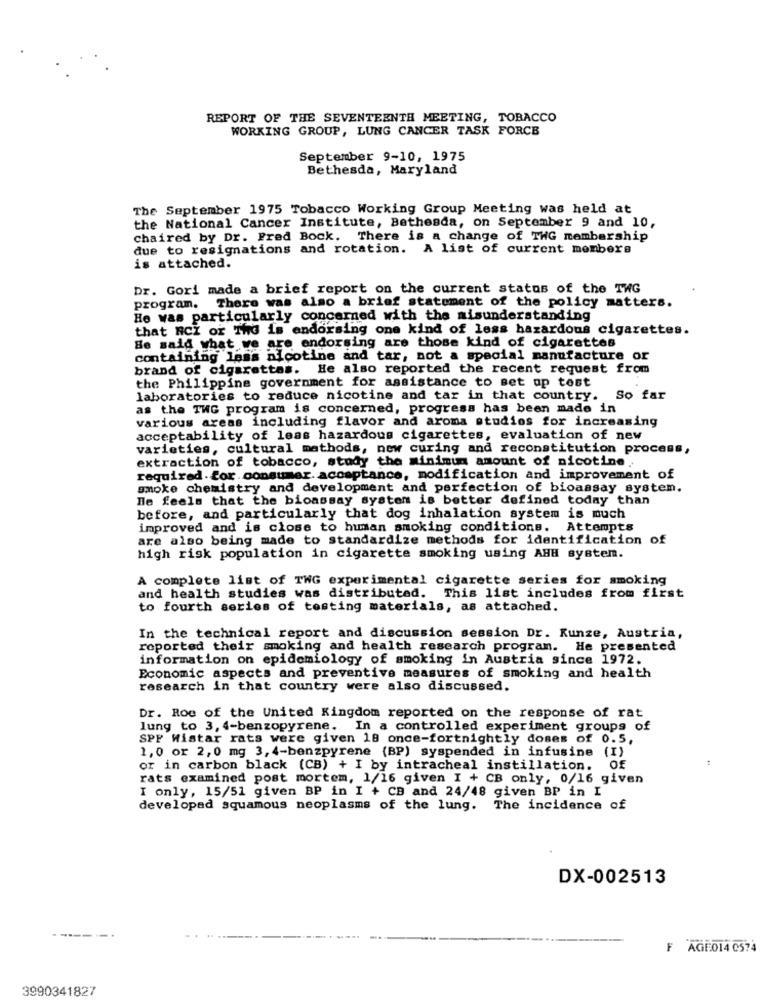
REPORT OF THE SEVENTEENTH MEETING, TOBACCO
WORKING GROUP, LUNG CANCER TASK FORCE
September 9-10, 1975
Bethesda, Maryland
The September 1975 Tobacco Working Group Meeting was held at
the National Cancer Institute, Bethesda, on September 9 and 10,
chaired by Dr. Fred Bock. There is a change of THG membership
due to resignations and rotation. A list of current members
is attached.
Dr. Gori made a brief report on the current status of the TWG
program. There was also a brief statement of the policy matters.
He was particularly concerned with the misunderstanding
that RCI or ThG is endorsing one kind of less hazardous cigarettes.
Be said what we are endorsing are those kind of cigarettes
containing less nicotine and tar, not a special manufacture or
brand of cigarettes. He also reported the recent request from
the Philippine government for assistance to set up tost
laboratories to reduce nicotine and tar in that country.
So far
as the TWG program is concerned, progress has been made in
various areas including flavor and aroma studios for increasing
acceptability of leas hazardous cigarettes, evaluation of new
varieties, cultural methods, new curing and reconstitution process,
extraction of tobacco, study the minimum amount of nicotine.
required .for .consumer. acceptance, modification and improvement of
smoke chemistry and development and perfection of bioassay system.
He feels that the bioassay system is better defined today than
before, and particularly that dog inhalation system is much
improved and is close to human smoking conditions. Attempts
are also being made to standardize methods for identification of
high risk population in cigarette smoking using AHH system.
A complete list of TWG experimental cigarette series for smoking
and health studies was distributed. This list includes from first
to fourth series of testing materials, as attached.
In the technical report and discussion session Dr. Kunze, Austria,
reported their smoking and health research program.
He presented
information on epidemiology of smoking in Austria since 1972.
Economic aspects and preventive measures of smoking and health
research in that country were also discussed.
Dr. Roc of the United Kingdom reported on the response of rat
lung to 3, 4-benzopyrene. In a controlled experiment groups of
SPF Wistar rats were given 18 once-fortnightly doses of 0.5,
1,0 or 2,0 mg 3,4-benzpyrene (BP) syspended in infusine (I)
or in carbon black (CB) + I by intracheal instillation. Of
rats examined post mortem, 1/16 given I + CB only, 0/16 given
I only, 15/51 given BP in I + CB and 24/48 given BP in I
developad squamous neoplasms of the lung. The incidence of
DX-002513
------
F AGE014 0574
3990341827